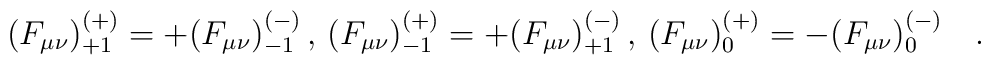
(F_{\mu\nu})^{(+)}_{+1} = + (F_{\mu\nu})^{(-)}_{-1} \, , \,(F_{\mu\nu})^{(+)}_{-1} = + (F_{\mu\nu})^{(-)}_{+1} \, , \,(F_{\mu\nu})^{(+)}_{0} =  - (F_{\mu\nu})^{(-)}_{0} \quad.